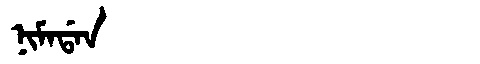
Manchu: ᠨᡳᠮᠠᡩᠠᠨ
Romanization: NIMADAN